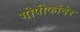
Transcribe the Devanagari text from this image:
गोपीकांदेर